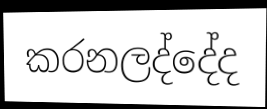
කරනලද්දේද